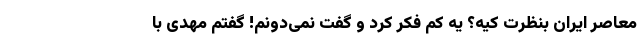
معاصر ایران بنظرت کیه؟ یه کم فکر کرد و گفت نمی‌دونم! گفتم مهدی با